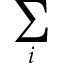
\sum _ { i }